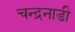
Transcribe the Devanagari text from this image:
चन्द्रनाडी